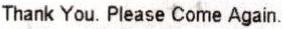
THANK YOU. PLEASE COME AGAIN.